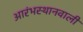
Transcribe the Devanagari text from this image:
आरंभस्थानवाली